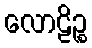
လောဠိဉ္စ